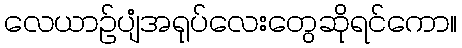
လေယာဉ်ပျံအရုပ်လေးတွေဆိုရင်ကော။